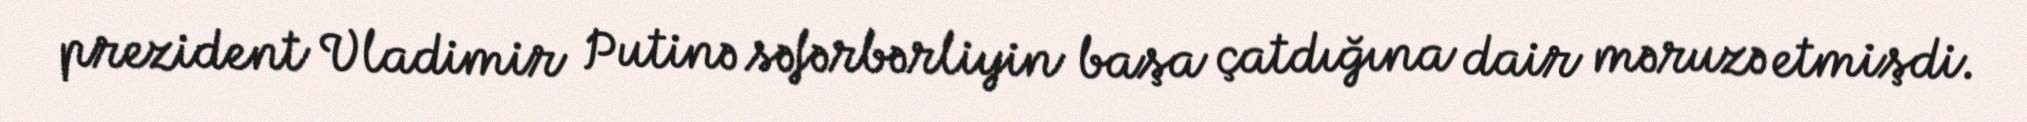
prezident Vladimir Putinə səfərbərliyin başa çatdığına dair məruzə etmişdi.